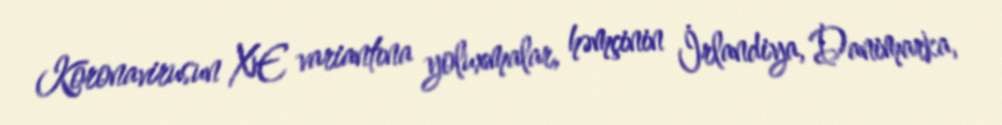
Koronavirusun XE variantına yoluxmalar, həmçinin İrlandiya, Danimarka,